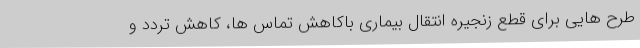
طرح هایی برای قطع زنجیره انتقال بیماری باکاهش تماس ها، کاهش تردد و